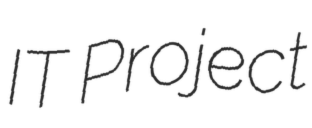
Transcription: IT Project